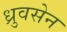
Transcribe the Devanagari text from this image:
ध्रुवसेन